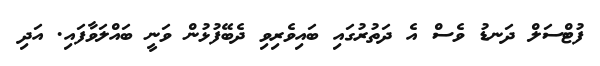
ފުޓްސަލް ދަނޑު ވެސް އެ ދަތުރުގައި ބައިވެރިވި ދެބޭފުޅުން ވަނީ ބައްލަވާފައި. އަދި